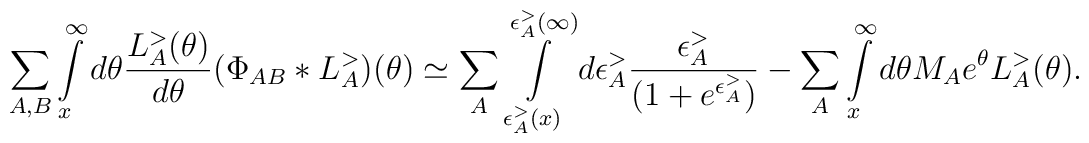
\sum_{A, B}\int\limits_{x}^{\infty} d \theta  \frac{L_A^{>}(\theta) }{d \theta} (\Phi_{AB}* L_{A}^{>}) (\theta) \simeq \sum_{A}\int\limits_{\epsilon_A^{>}(x)}^{\epsilon_A^{>}(\infty)} d \epsilon_A^{>} \frac{\epsilon_A^{>}}{(1+ e^{\epsilon_A^{>}})}- \sum_A \int\limits_{x}^{\infty} d \theta  M_A e^\theta L_A^{>}(\theta).